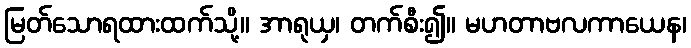
မြတ်သောရထားထက်သို့။ အာရုယှ၊ တက်စီး၍။ မဟတာဗလကာယေန၊